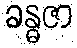
ခန္ဓဇာ